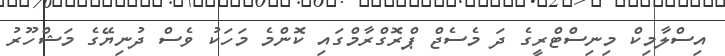
އިސްލާމިކް މިނިސްޓްރީގެ ދަ މެސެޖް ޕްރޮގްރާމްގައި ކޮންމެ މަހަކު ވެސް ދުނިޔޭގެ މަޝްހޫރު